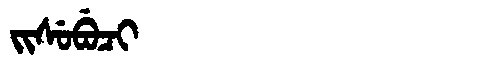
Manchu: ᠵᡳᠰᡠᠪᡠᠴᡳ
Romanization: JISUBUCI